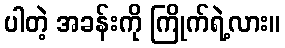
ပါတဲ့ အခန်းကို ကြိုက်ရဲ့လား။